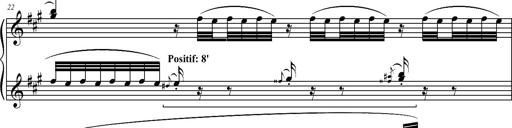
Title: 2 LÃ©gendes
Composer: Franz Liszt